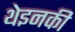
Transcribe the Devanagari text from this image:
थेइनकी